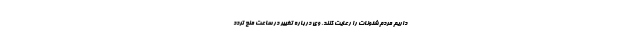
داریم مردم شئونات را رعایت کنند. وی درباره تغییر در ساعت منع تردد